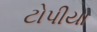
ટોપીયા